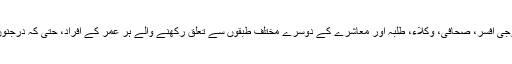
ان شائقینِ ادب میں ریٹائرڈ فوجی افسر، صحافی، وکلاء، طلبہ اور معاشرے کے دوسرے مختلف طبقوں سے تعلق رکھنے والے ہر عمر کے افراد، حتیٰ کہ درجنوں غیر ملکی بھی شامل تھے۔